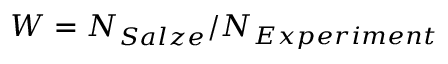
W = N _ { S a l z e } / N _ { E x p e r i m e n t }